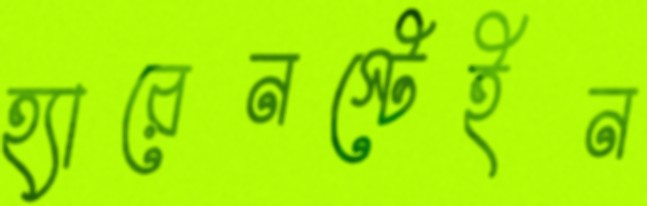
হ্যারেনস্টেইন